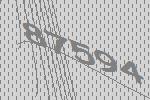
87594